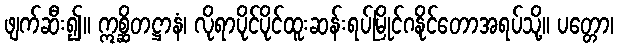
ဖျက်ဆီး၍။ ဣစ္ဆိတဋ္ဌာနံ၊ လိုရာပိုင်ပိုင်ထူးဆန်းရပ်မြိုင်ဂနိုင်တောအရပ်သို့။ ပတ္တော၊